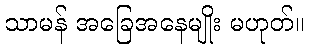
သာမန် အခြေအနေမျိုး မဟုတ်။